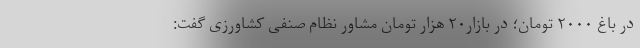
در باغ ٢٠٠٠ تومان؛ در بازار۲۰ هزار تومان مشاور نظام صنفی کشاورزی گفت: